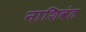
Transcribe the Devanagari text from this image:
नाशिवंत